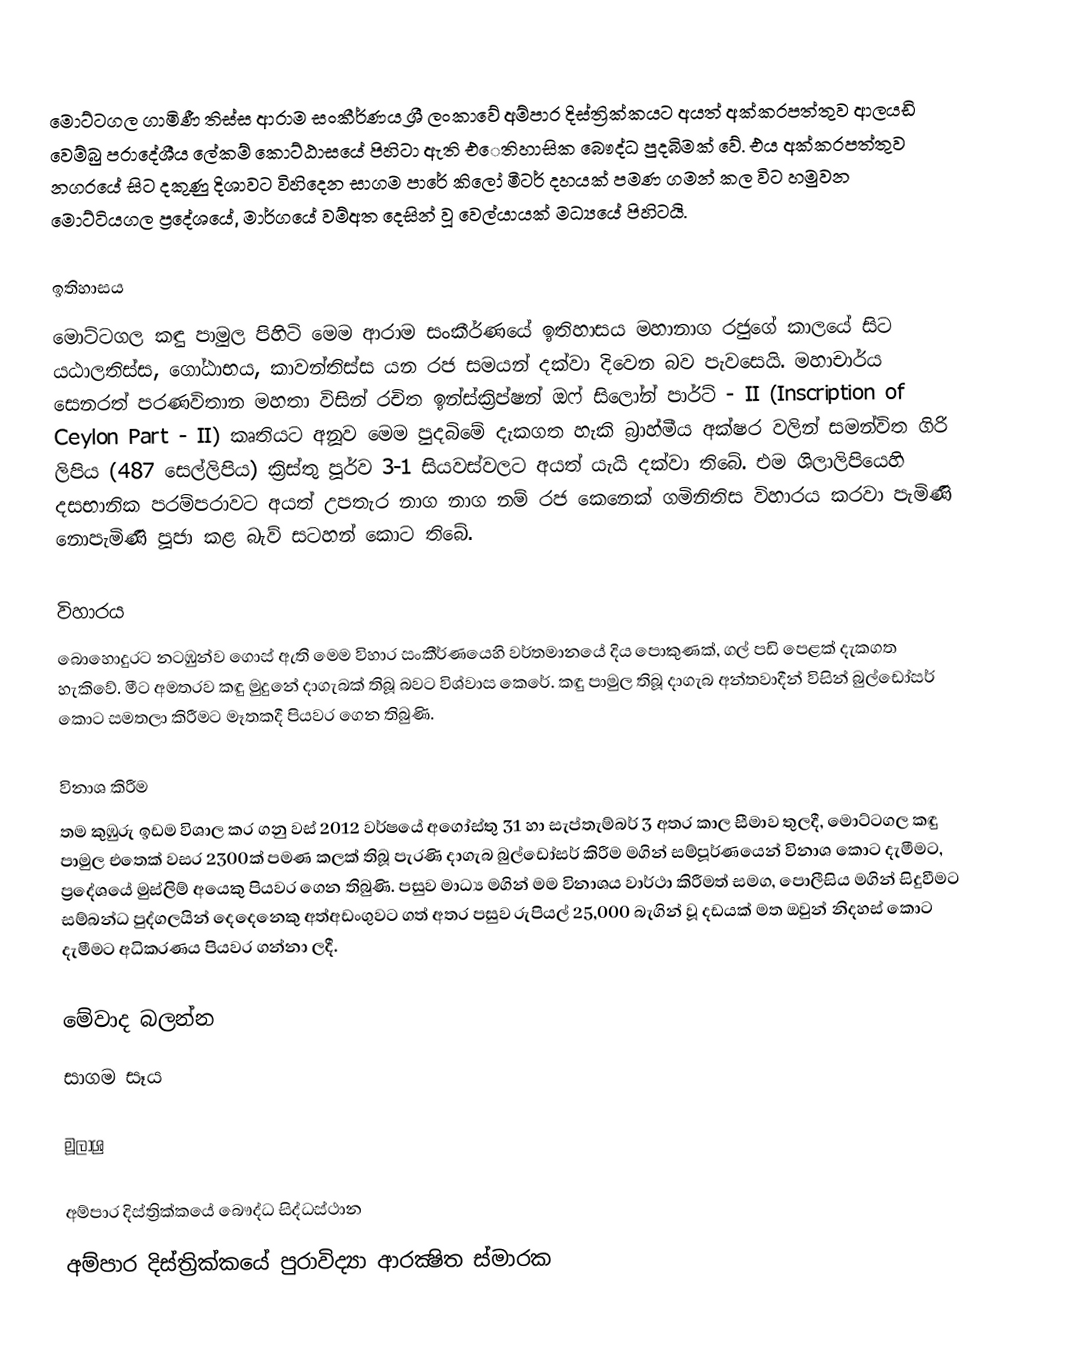
මොට්ටගල ගාමිණී තිස්ස ආරාම සංකීර්ණය ශ්‍රී ලංකාවේ අම්පාර දිස්ත්‍රික්කයට අයත් අක්කරපත්තුව ආලයඩි වෙම්බු ප‍්‍රාදේශීය ලේකම් කොට්ඨාසයේ පිහිටා ඇති එෙතිහාසික බෞද්ධ පුදබිමක් වේ. එය අක්කරපත්තුව නගරයේ සිට දකුණු දිශාවට විහිදෙන සාගම පාරේ කිලෝ මීටර් දහයක් පමණ ගමන් කල විට හමුවන මොට්ටියගල ප්‍රදේශයේ, මාර්ගයේ වම්අත දෙසින් වූ වෙල්යායක් මධ්‍යයේ පිහිටයි.

ඉතිහාසය
මොට්ටගල කඳු පාමුල පිහිටි මෙම ආරාම සංකීර්ණයේ ඉතිහාසය මහානාග රජුගේ කාලයේ සිට යඨාලතිස්ස, ගෝඨාභය, කාවන්තිස්ස යන රජ සමයන් දක්වා දිවෙන බව පැවසෙයි. මහාචාර්ය සෙනරත් පරණවිතාන මහතා විසින් රචිත ඉන්ස්ක්‍රිප්ෂන් ඔෆ් සිලෝන් පාර්ට් - II (Inscription of Ceylon Part - II) කෘතියට අනූව මෙම පුදබිමේ දැකගත හැකි බ‍්‍රාහ්මීය අක්ෂර වලින් සමන්විත ගිරි ලිපිය (487 සෙල්ලිපිය) ක්‍රිස්තු පූර්ව 3-1 සියවස්වලට අයත් යැයි දක්වා තිබේ. එම ශිලාලිපියෙහි දසභානික පරම්පරාවට අයත් උපතැර නාග නාග නම් රජ කෙනෙක්‌ ගමිනිතිස විහාරය කරවා පැමිණි නොපැමිණි පූජා කළ බැව් සටහන් කොට තිබේ.

විහාරය
බොහොදුරට නටඹුන්ව ගොස් ඇති මෙම විහාර සංකීර්ණයෙහි වර්තමානයේ දිය පොකුණක්, ගල් පඩි පෙළක් දැකගත හැකිවේ. මීට අමතරව කඳු මුදුනේ දාගැබක් තිබූ බවට විශ්වාස කෙරේ. කඳු පාමුල තිබූ දාගැබ අන්තවාදීන් විසින් බුල්ඩෝසර් කොට සමතලා කිරීමට මෑතකදී පියවර ගෙන තිබුණි.

විනාශ කිරීම
තම කුඹුරු ඉඩම විශාල කර ගනු වස් 2012 වර්ෂයේ අගෝස්තු 31 හා සැප්තැම්බර් 3 අතර කාල සීමාව තුලදී, මොට්ටගල කඳු පාමුල එතෙක් වසර 2300ක් පමණ කලක් තිබූ පැරණි දාගැබ බුල්ඩෝසර් කිරීම මගින් සම්පූර්ණයෙන් විනාශ කොට දැමීමට, ප්‍රදේශයේ මුස්ලිම් අයෙකු පියවර ගෙන තිබුණි. පසුව මාධ්‍ය මගින් මම විනාශය වාර්ථා කිරීමත් සමග, පොලීසිය මගින් සිදුවීමට සම්බන්ධ පුද්ගලයින් දෙදෙනෙකු අත්අඩංගුවට ගත් අතර පසුව රුපියල් 25,000 බැගින් වූ දඩයක් මත ඔවුන් නිදහස් කොට දැමීමට අධිකරණය පියවර ගන්නා ලදී.

මේවාද බලන්න
සාගම සෑය

මූලාශ්‍ර

අම්පාර දිස්ත්‍රික්කයේ බෞද්ධ සිද්ධස්ථාන‎
අම්පාර දිස්ත්‍රික්කයේ පුරාවිද්‍යා ආරක්‍ෂිත ස්මාරක